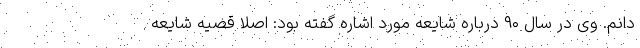
دانم. وی در سال ۹۰ درباره شایعه مورد اشاره گفته بود: اصلا قضیه شایعه